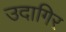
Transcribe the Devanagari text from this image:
उदागिर